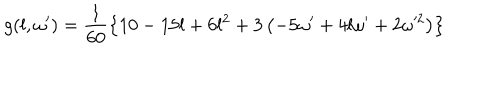
LaTeX: g ( l , \omega ^ { \prime } ) = \frac { 1 } { 6 0 } \left\{ 1 0 - 1 5 l + 6 l ^ { 2 } + 3 \left( - 5 \omega ^ { \prime } + 4 l \omega ^ { \prime } + 2 \omega ^ { 2 } \right) \right\}